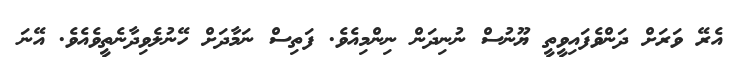
އެރޭ ވަރަށް ދަންވެފައިވީތީ ޔޫނުސް ނުނިދަން ނިންމިއެވެ. ފަތިސް ނަމާދަށް ހޭނުލެވިދާނެތީވެއެވެ. އޭނަ